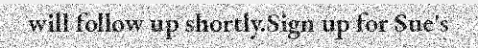
will follow up shortly.Sign up for Sue's